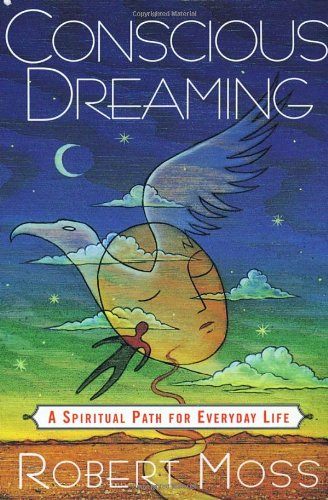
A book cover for Conscious Dreaming: A Spiritual Path for Everyday Life; Robert Moss; Self-Help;